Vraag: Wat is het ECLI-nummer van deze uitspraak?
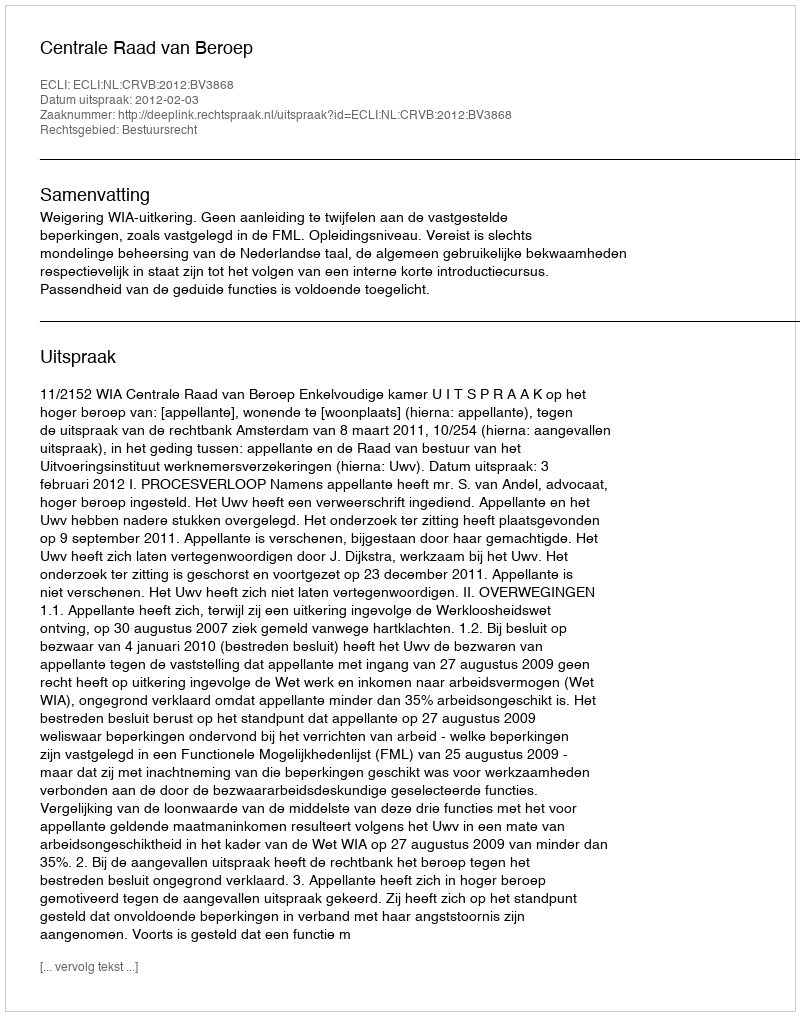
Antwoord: ECLI:NL:CRVB:2012:BV3868